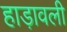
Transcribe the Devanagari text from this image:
हाड़ावली